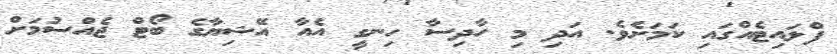
ފްލައިޓެއްގައި ކަމަށެވެ. އަދި މި ހާދިސާ ހިނގީ އެއާ އޭޝިޔާގެ ބޯޓް ޖެއްސުމަށް